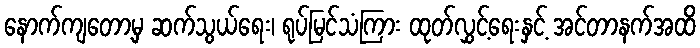
နောက်ကျတော့မှ ဆက်သွယ်ရေး၊ ရုပ်မြင်သံကြား ထုတ်လွှင့်ရေးနှင့် အင်တာနက်အထိ